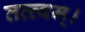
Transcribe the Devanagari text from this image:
तत्त्‍वम्।